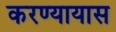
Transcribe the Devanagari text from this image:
करण्यायास